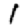
Digit: 1